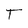
Character: T